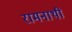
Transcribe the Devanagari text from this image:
रामनाथी